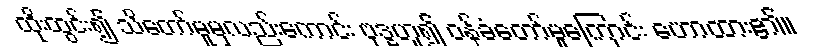
ထိုးထွင်း၍ သိတော်မူမှလည်းကောင်း ဗုဒ္ဓဟူ၍ ဝန်ခံတော်မူကြောင်း ဟောထား၏။